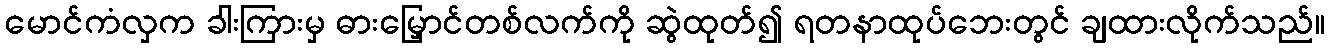
မောင်ကံလှက ခါးကြားမှ ဓားမြှောင်တစ်လက်ကို ဆွဲထုတ်၍ ရတနာထုပ်ဘေးတွင် ချထားလိုက်သည်။